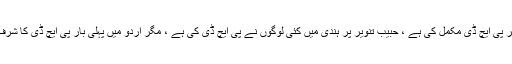
اقبال نیازی نے حبیب تنویر پر پی ایچ ڈی مکمل کی ہے ، حبیب تنویر پر ہندی میں کئی لوگوں نے پی ایچ ڈی کی ہے ، مگر اردو میں پہلی بار پی ایچ ڈی کا شرف اقبال نیازی کو حاصل ہے ۔